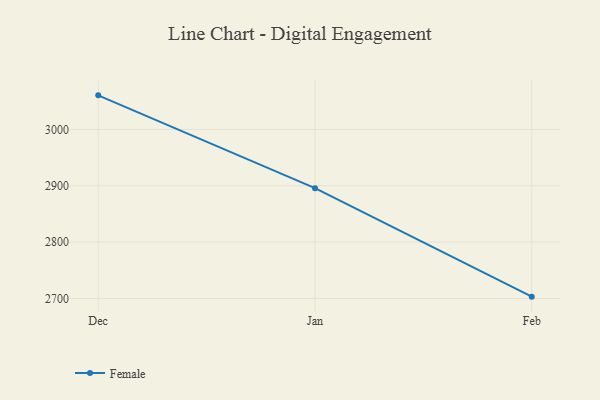
{"axis": {"x": "Month", "y": "Latency (ms)"}, "legend": ["Female"], "data": [{"x": "Dec", "y": 3060.5, "type": "Female"}, {"x": "Jan", "y": 2895.7, "type": "Female"}, {"x": "Feb", "y": 2703.2, "type": "Female"}]}